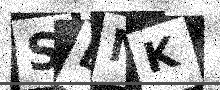
Text: SDMK